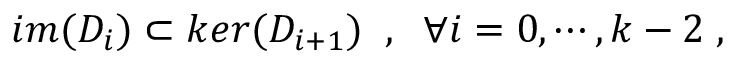
i m ( D _ { i } ) \subset k e r ( D _ { i + 1 } ) \; \; , \; \; \forall i = 0 , \cdots , k - 2 \; ,